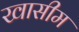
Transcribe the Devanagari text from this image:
खासीम